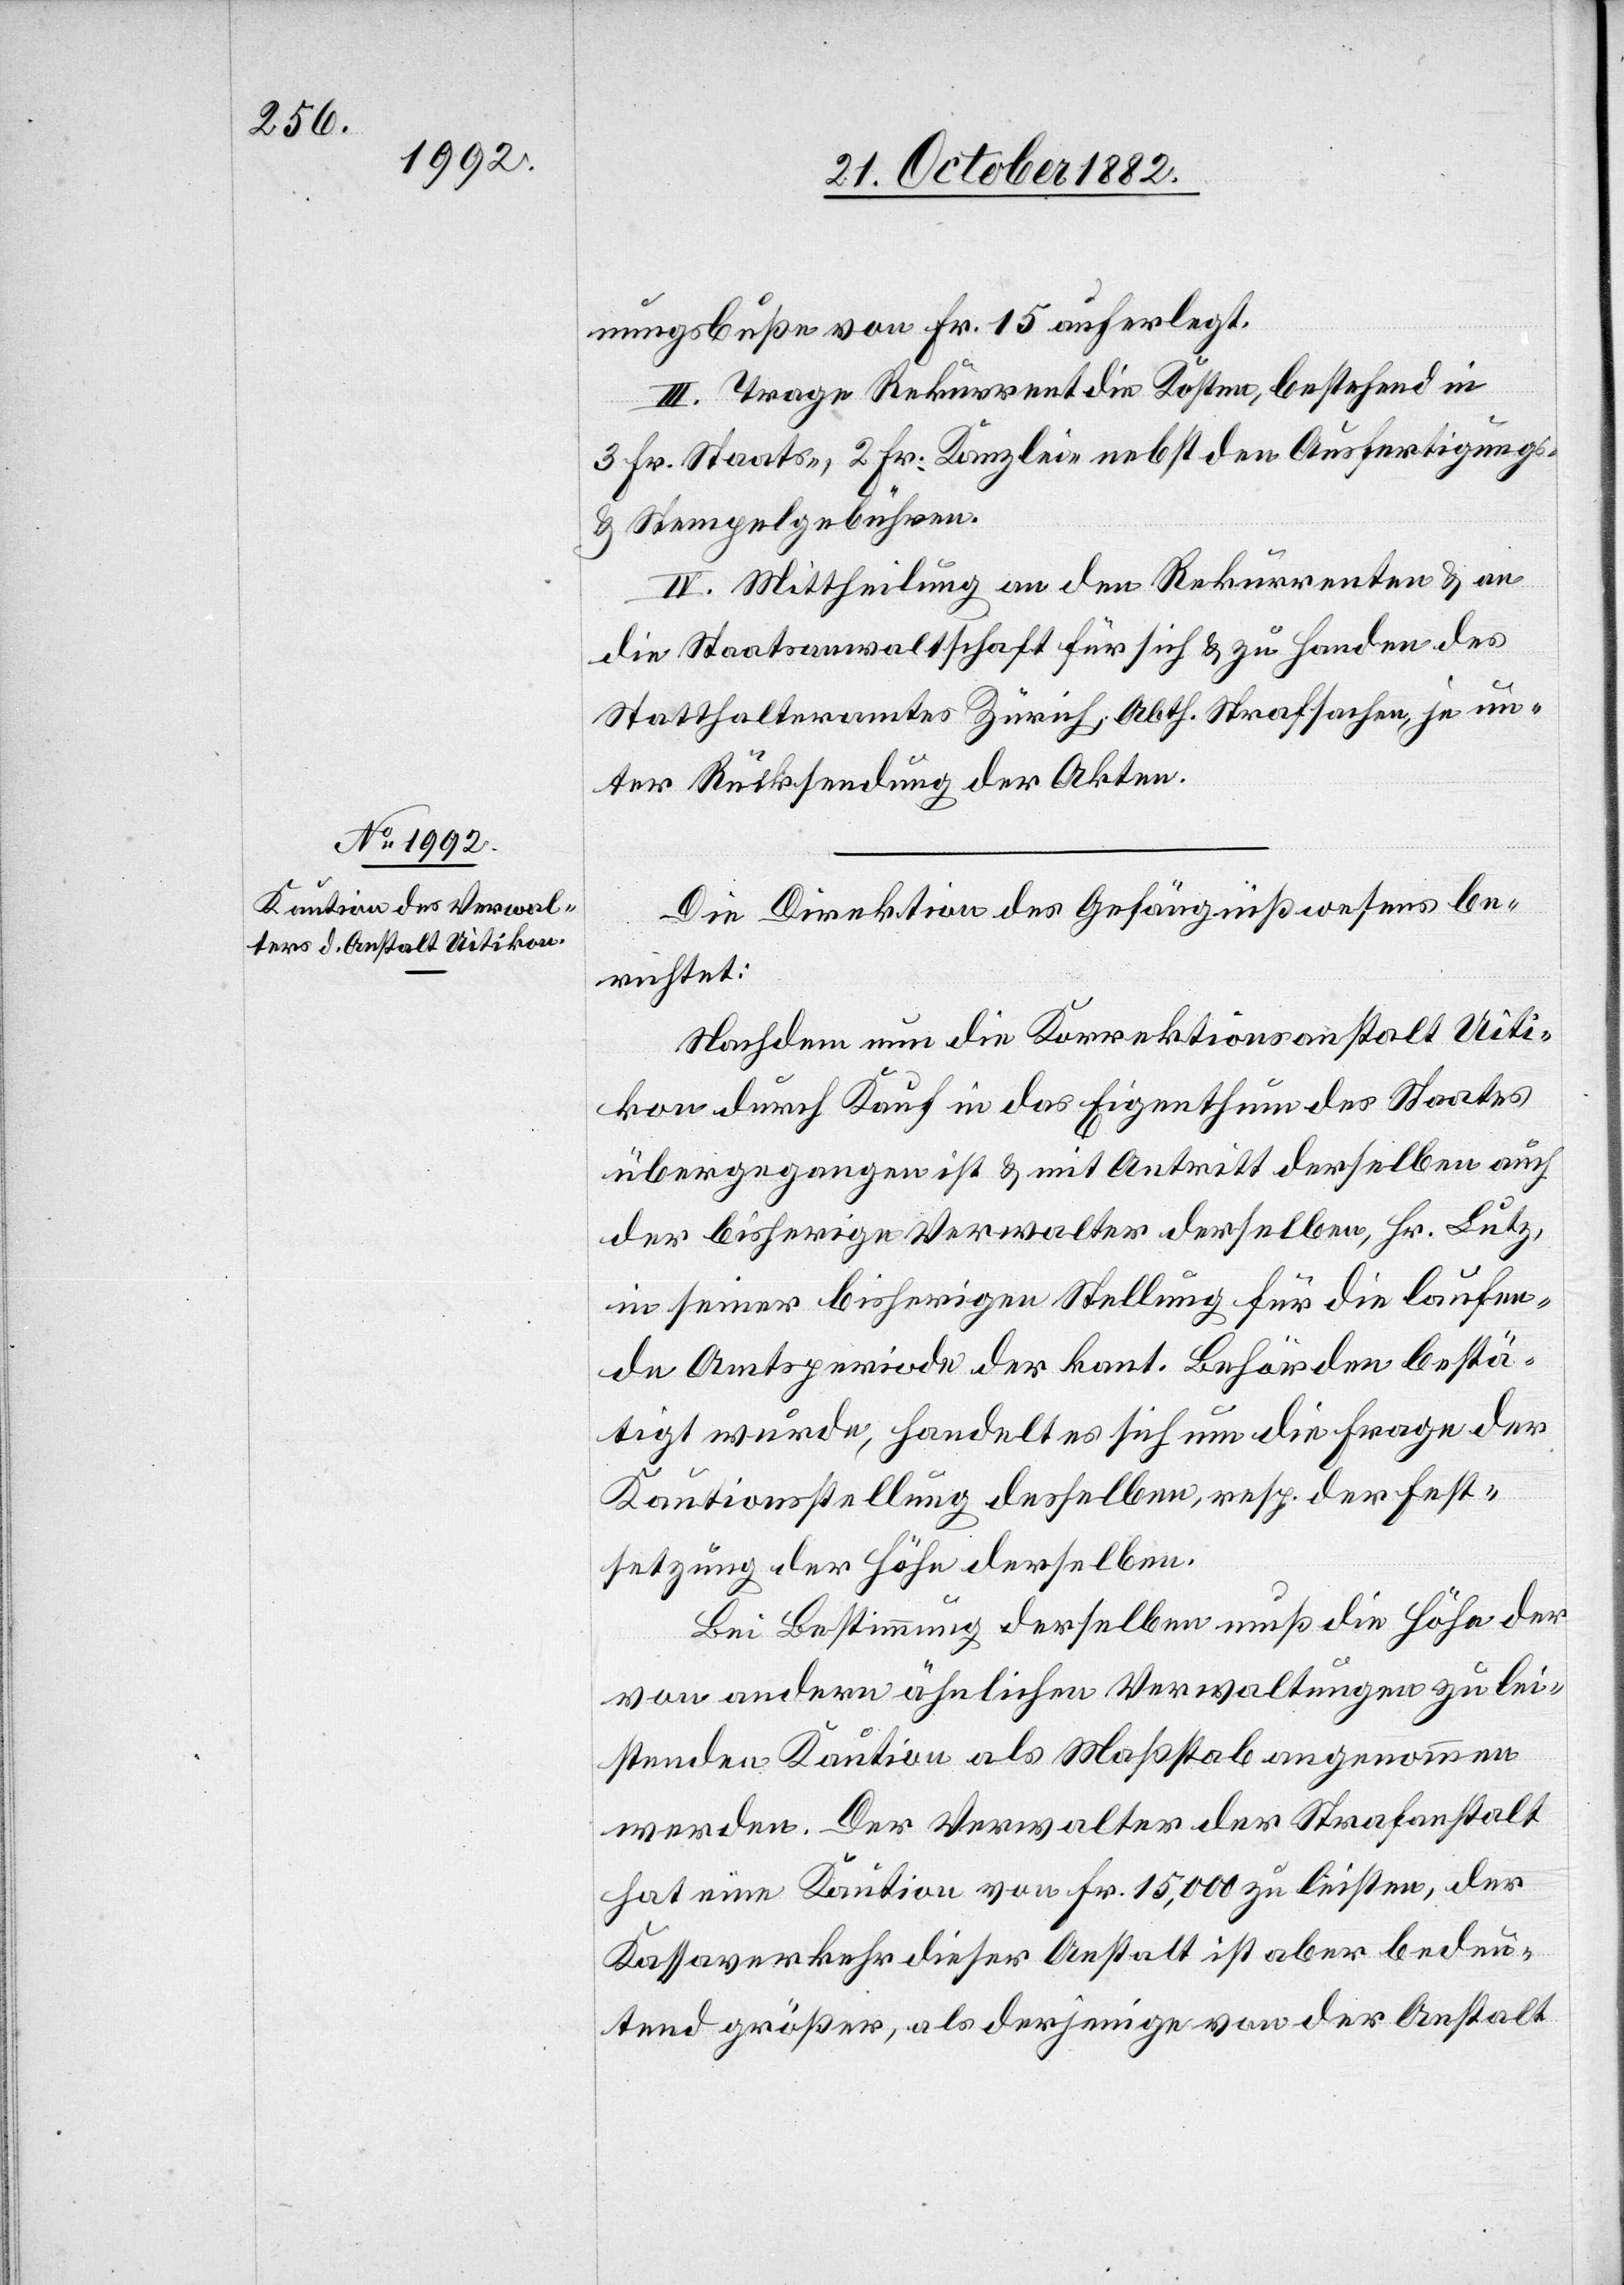
nungsbuße von Fr. 15 auferlegt.
III. Trage Rekurrent die Kosten, bestehend in
3 Fr. Staats-, 2 Fr. Kanzlei- nebst den Ausfertigungs-
& Stempelgebühren.
IV. Mittheilung an den Rekurrenten & an
die Staatsanwaltschaft für sich & zu Handen des
Statthalteramtes Zürich, Abth. Strafsachen, je un¬
ter Rücksendung der Akten.
Die Direktion des Gefängnißwesens be¬
richtet:
Nachdem nun die Korrektionsanstalt Uiti¬
kon durch Kauf in das Eigenthum des Staates
übergegangen ist & mit Antritt derselben auch
der bisherige Verwalter derselben, Hr. Lutz,
in seiner bisherigen Stellung für die laufen¬
de Amtsperiode der kant. Behörden bestä¬
tigt wurde, handelt es sich um die Frage der
Kautionsstellung desselben, resp. der Fest¬
setzung der Höhe derselben.
Bei Bestimmung derselben muß die Höhe der
von andern ähnlichen Verwaltungen zu lei¬
stenden Kaution als Maßstab angenommen
werden. Der Verwalter der Strafanstalt
hat eine Kaution von Fr. 15,000 zu leisten, der
Kassaverkehr dieser Anstalt ist aber bedeu¬
tend größer, als derjenige von der Anstalt